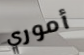
أموري